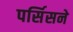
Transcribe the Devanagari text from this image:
पर्सिसने